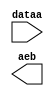
module lpm_compare_10bit (
	dataa,
	aeb);

	input	[9:0]  dataa;
	output	  aeb;

endmodule